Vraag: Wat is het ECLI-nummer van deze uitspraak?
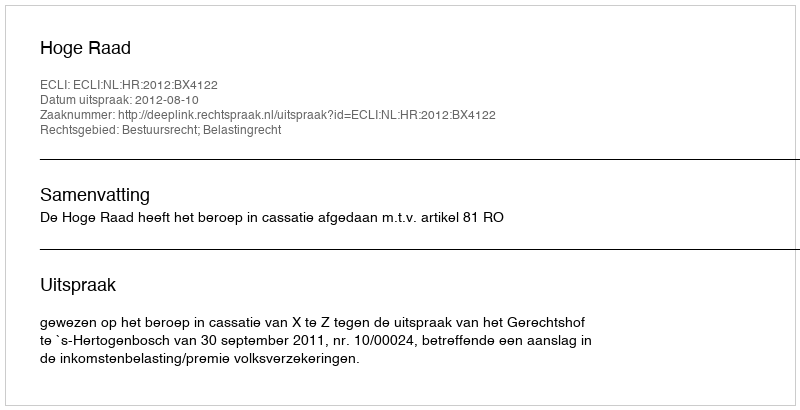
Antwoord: ECLI:NL:HR:2012:BX4122